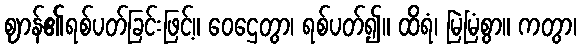
ဈာန်၏ရစ်ပတ်ခြင်းဖြင့်။ ဝေဌေတွာ၊ ရစ်ပတ်၍။ ထိရံ၊ မြဲမြံစွာ။ ကတွာ၊